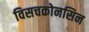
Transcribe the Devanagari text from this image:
विसचकोनसिन